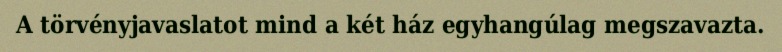
A törvényjavaslatot mind a két ház egyhangúlag megszavazta.